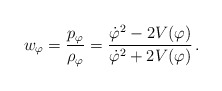
\begin{align*}w_{\varphi} = \frac{p_{\varphi}}{{\rho}_{\varphi}} =\frac{{\dot{\varphi}}^2 - 2V(\varphi)}{{\dot{\varphi}}^2 +2V(\varphi)} \,.\end{align*}